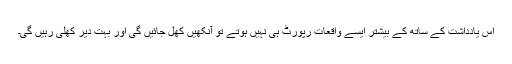
اس یادداشت کے ساتھ کے بیشتر ایسے واقعات رپورٹ ہی نہیں ہوتے تو آنکھیں کھل جائیں گی اور بہت دیر کھلی رہیں گی۔